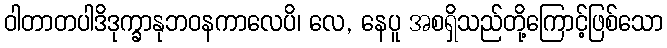
ဝါတာတပါဒိဒုက္ခာနုဘဝနကာလေပိ၊ လေ, နေပူ အစရှိသည်တို့ကြောင့်ဖြစ်သော